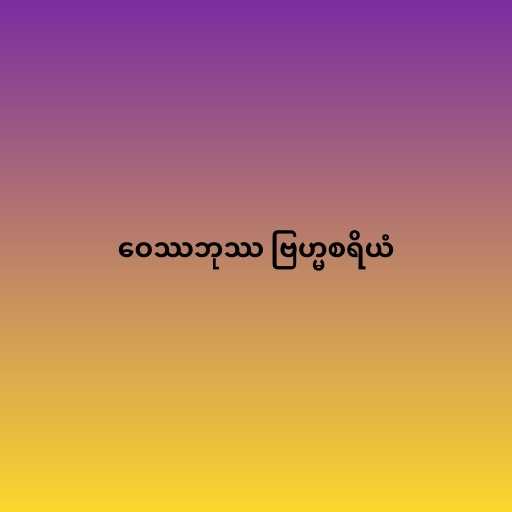
ဝေဿဘုဿ ဗြဟ္မစရိယံ